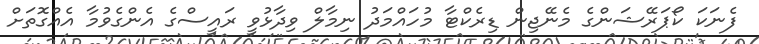
ފެނަކަ ކޯޕަރޭޝަންގެ މެނޭޖިން ޑިރެކްޓާ މުހައްމަދު ނިމާލް ވިދާޅުވީ ރައީސްގެ އެންގެވުމާ އެއްގޮތަށް